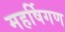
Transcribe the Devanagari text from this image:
महर्षिगण